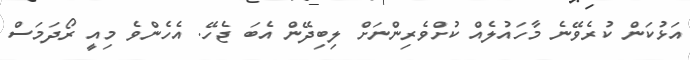
އަޅުކަން ކުރެވޭނެ މާހައުލެއް ކުށްވެރިންނަށް ލިބިދޭން އެބަ ޖެހޭ. އެހެންވެ މިއީ ރޯދަމަސް